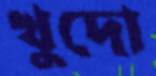
খুদো